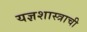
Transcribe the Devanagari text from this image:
यज्ञशास्त्राची